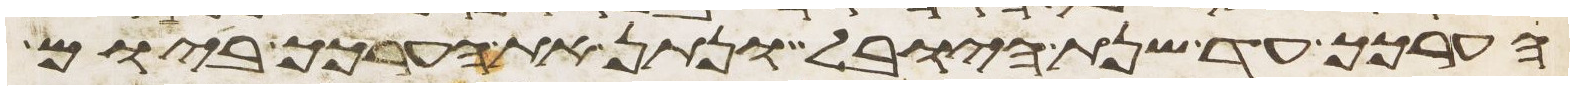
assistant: הערכך עד שנת היובל ונתן את הערכך ביום